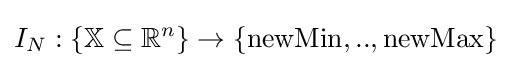
I_{N}:\{\mathbb {X} \subseteq \mathbb {R} ^{n}\}\rightarrow \{{\text{newMin}},..,{\text{newMax}}\}